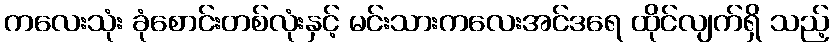
ကလေးသုံး ခုံစောင်းတစ်လုံးနှင့် မင်းသားကလေးအင်ဒရေ ထိုင်လျက်ရှိ သည့်